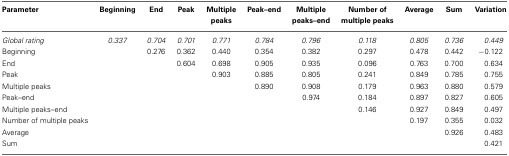
| Parameter | Beginning | End | Peak | Multiple peaks | Peak–end | Multiple peaks–end | Number of multiple peaks | Average | Sum | Variation |
 | --- | --- | --- | --- | --- | --- | --- | --- | --- | --- | --- |
 | Global rating | 0.337 | 0.704 | 0.701 | 0.771 | 0.784 | 0.796 | 0.118 | 0.805 | 0.736 | 0.449 |
 | Beginning |  | 0.276 | 0.362 | 0.440 | 0.354 | 0.382 | 0.297 | 0.478 | 0.442 | −0.122 |
 | End |  |  | 0.604 | 0.698 | 0.905 | 0.935 | 0.096 | 0.763 | 0.700 | 0.634 |
 | Peak |  |  |  | 0.903 | 0.885 | 0.805 | 0.241 | 0.849 | 0.785 | 0.755 |
 | Multiple peaks |  |  |  |  | 0.890 | 0.908 | 0.179 | 0.963 | 0.880 | 0.579 |
 | Peak–end |  |  |  |  |  | 0.974 | 0.184 | 0.897 | 0.827 | 0.605 |
 | Multiple peaks–end |  |  |  |  |  |  | 0.146 | 0.927 | 0.849 | 0.497 |
 | Number of multiple peaks |  |  |  |  |  |  |  | 0.197 | 0.355 | 0.032 |
 | Average |  |  |  |  |  |  |  |  | 0.926 | 0.483 |
 | Sum |  |  |  |  |  |  |  |  |  | 0.421 |